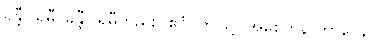
ခန္တီပါရမီ၊ ခန္တီပါရမီတည်း။ ဧဝံ၊ ဤသို့။ အစေတနာဘာဝေန၊